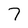
Character: 7